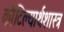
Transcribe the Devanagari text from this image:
कौटिल्यार्थशास्त्र